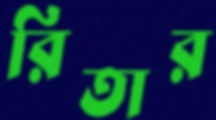
রিতার